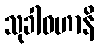
သုခါဝဟာနိ